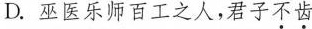
D. 巫医乐师百工之人，君子不齿